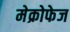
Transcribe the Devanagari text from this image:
मेक्रोफेज